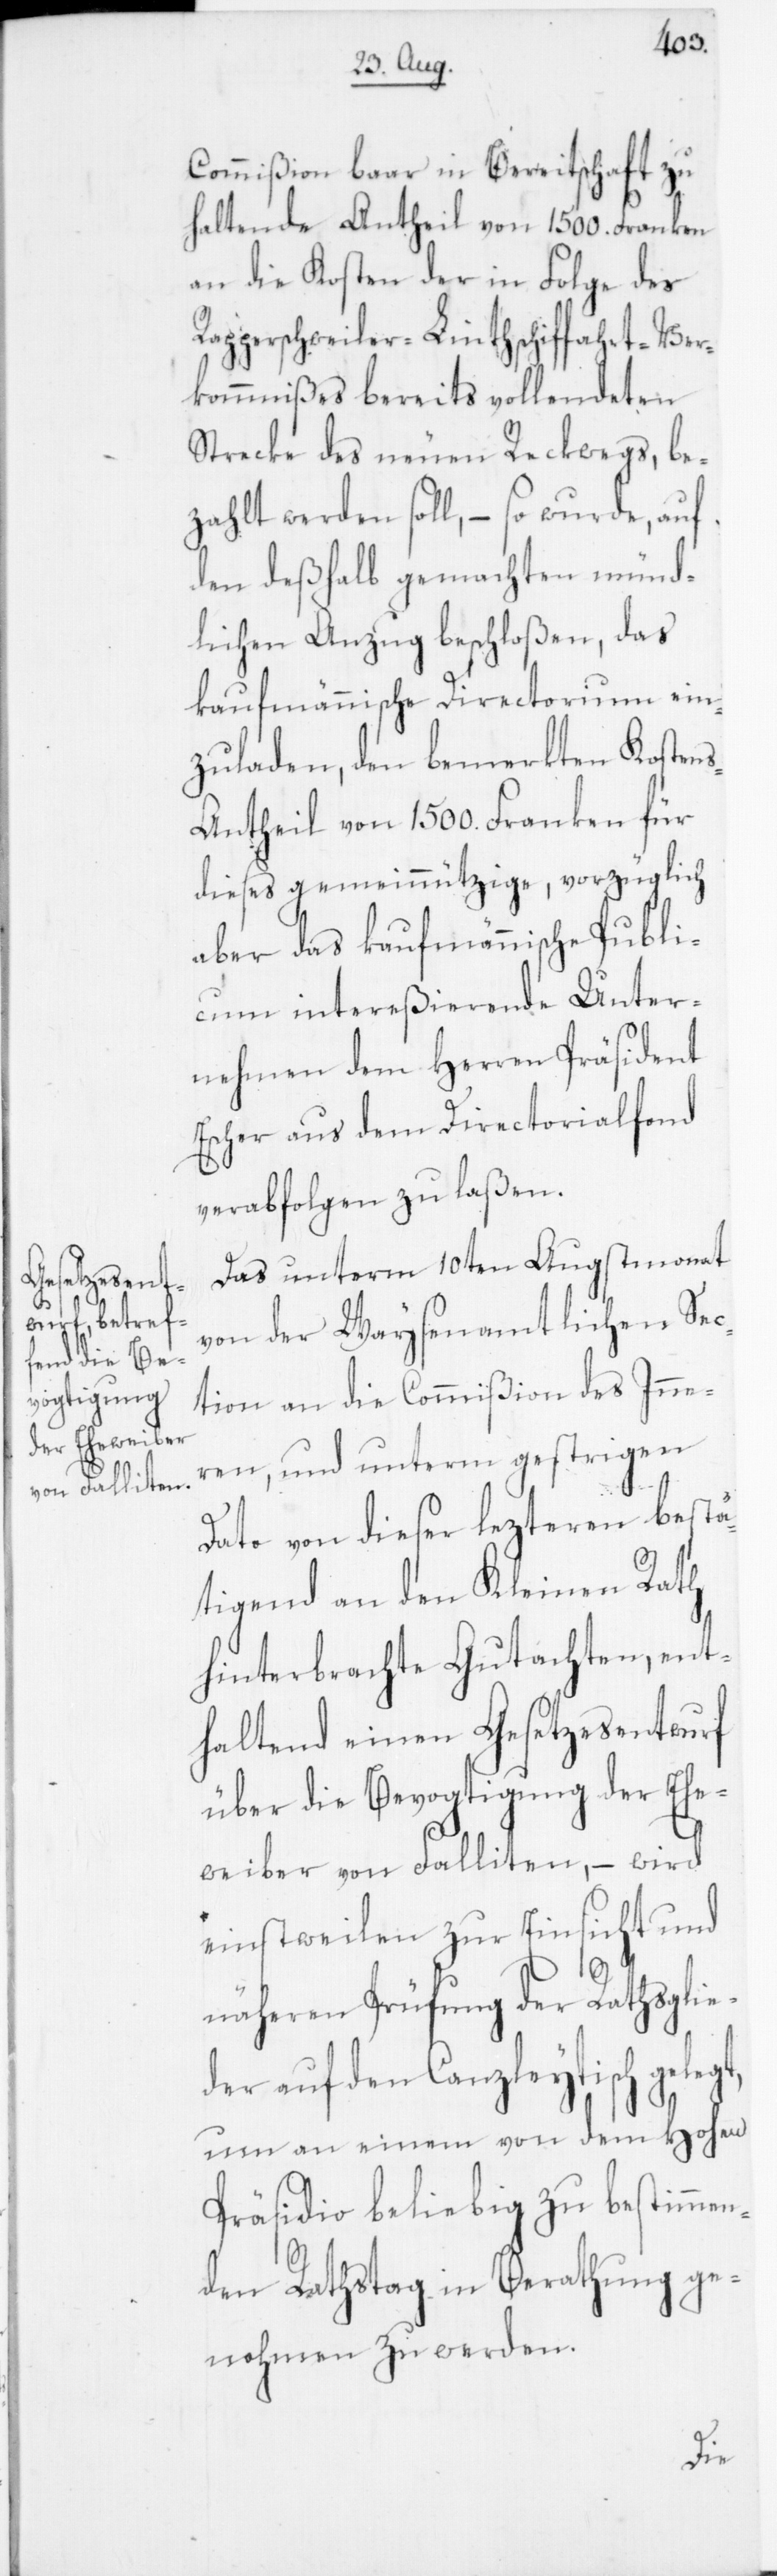
t,

Commißion baar in Bereitschaft zu
haltende Antheil von 1500. Franken
an die Kosten der in Folge des
Rapperschweiler-Linthschifffahrt-Ver¬
kommnißes bereits vollendeten
Strecke des neuen Reckwegs, be¬
zahlt werden soll, – so wurde, auf
den deßhalb gemachten münd¬
lichen Anzug beschloßen, das
kaufmännische Directorium ein¬
zuladen, den bemerkten Kosten¬
s-Antheil von 1500. Franken für
dieses gemeinnützige, vorzüglich
aber das kaufmännische Publi¬
cum intereßierende Unter¬
nehmen dem Herren Präsident
Escher aus dem Directorialfond
verabfolgen zu laßen.
Das unterm 10ten Augstmonat
von der Waysenamtlichen Sec¬
tion an die Commißion des Inne¬
ren und unterm gestrigen
Dato von dieser lezteren bestä¬
tigend an den Kleinen Rath
hinterbrachte Gutachten, ent¬
haltend einen Gesetzesentwurf
über die Bevogtigung der Ehe¬
weiber von Falliten, – wird
einstweilen zur Einsicht und
näheren Prüfung der Rathsglie¬
der auf den Canzleytisch geleg¬
um an einem von dem Hohen
Präsidio beliebig zu bestimmen¬
den Rathstag in Berathung ge¬
nohmen zu werden.